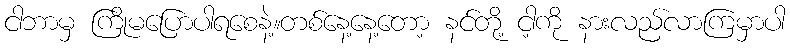
ငါဘာမှ ကြိုမပြောပါရစေနဲ့။တစ်နေ့နေ့တော့ နင်တို့ ငါ့ကို နားလည်လာကြမှာပါ